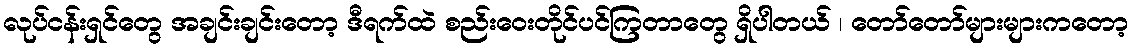
လုပ်ငန်းရှင်တွေ အချင်းချင်းတော့ ဒီရက်ထဲ စည်းဝေးတိုင်ပင်ကြတာတွေ ရှိပါတယ် ၊ တော်တော်များများကတော့